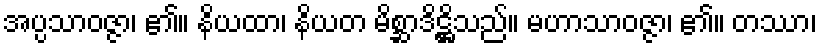
အပ္ပသာဝဇ္ဇာ၊ ၏။ နိယထာ၊ နိယတ မိစ္ဆာဒိဋ္ဌိသည်။ မဟာသာဝဇ္ဇာ၊ ၏။ တဿာ၊